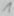
Text: 1